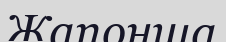
Жапонша